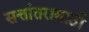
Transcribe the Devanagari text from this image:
सत्तांतरासाठी